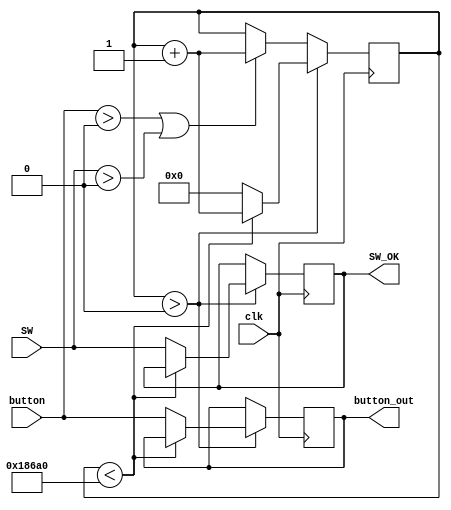
module BTN_Anti_jitter(
	input wire clk,
	input wire [4:0]button,
	input wire [7:0]SW,
	output reg [4:0]button_out,
	output reg [7:0]SW_OK
    );

reg [31:0] counter;
always @(posedge clk)begin

	if (counter > 0)begin
		if (counter < 100000)            //100000
			counter <= counter + 1;
		else begin
			counter <= 32'b0;
			button_out <= button;
			SW_OK <= SW;
		end
	end else
	if (button >0 || SW > 0)
		counter <= counter + 1;
end

endmodule